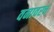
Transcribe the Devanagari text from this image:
वनावरच